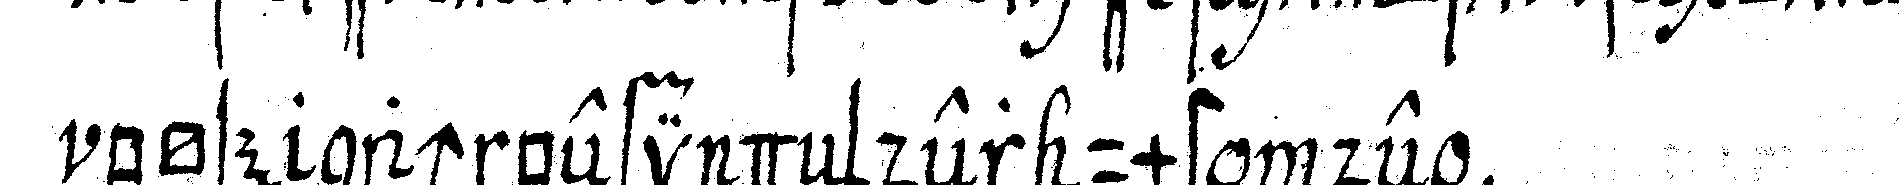
böse nach befindeN der umstände .